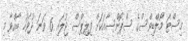
މިސްޓަ މޯލްޑިވްސްގެ ސްޕޮންސާއަކަށް ފިލިޕްސް ޖުލައި 6 ވަނަ ދުވަހު ބާއްވާ މި